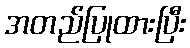
အတည်ပြုထားပြီး